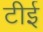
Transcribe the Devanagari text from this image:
टीई